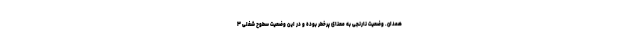
همدان. وضعیت نارنجی به معنای پرخطر بوده و در این وضعیت سطوح شغلی ۳